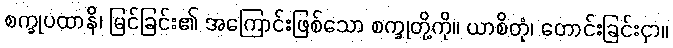
စက္ခုပထာနိ၊ မြင်ခြင်း၏ အကြောင်းဖြစ်သော စက္ခုတို့ကို။ ယာစိတုံ၊ တောင်းခြင်းငှာ။